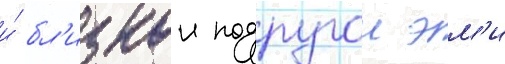
и́ бл'изкои подругои эм'и